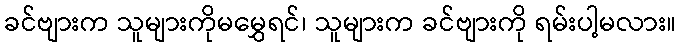
ခင်ဗျားက သူများကိုမမွှေရင်၊ သူများက ခင်ဗျားကို ရမ်းပါ့မလား။